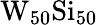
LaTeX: \textrm{W}_{50}\textrm{Si}_{50}